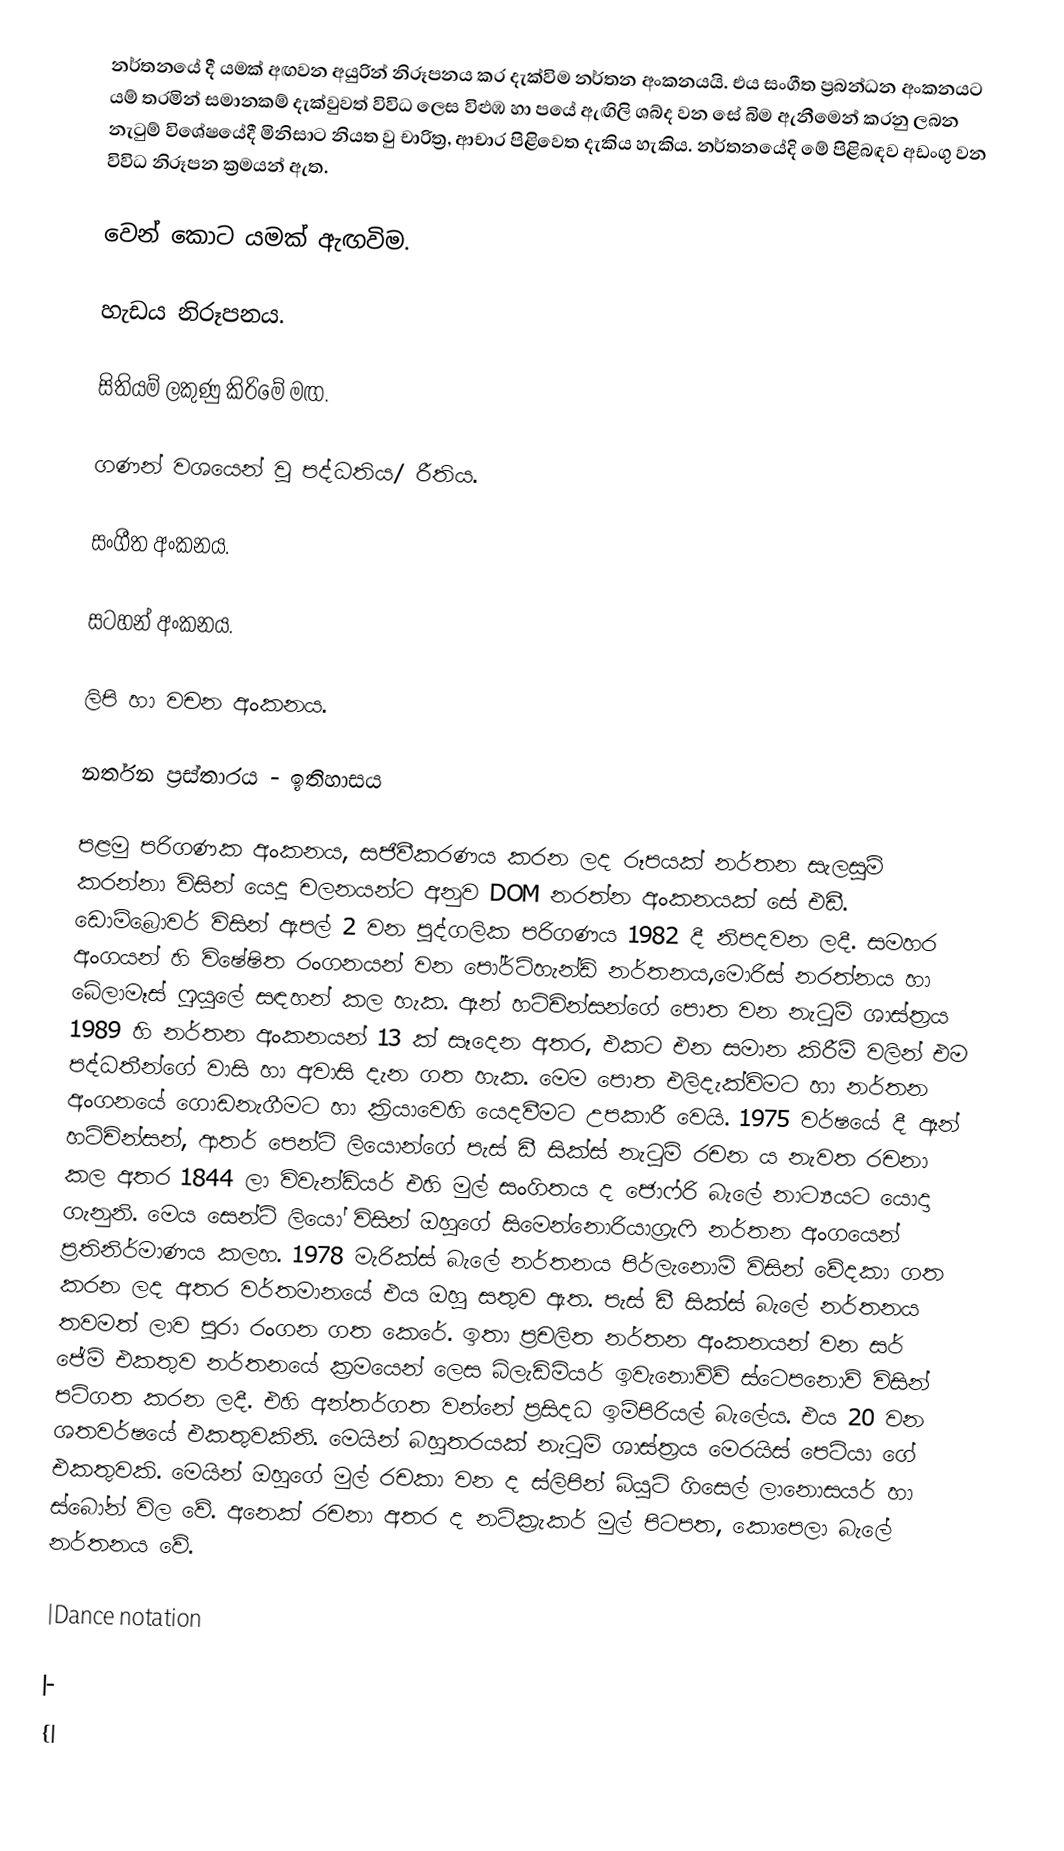
නර්තනයේ දී යමක් අඟවන අයුරින් නිරූපනය කර දැක්විම නර්තන අංකනයයි. එය සංගීත ප්‍රබන්ධන අංකනයට යම් තරමින් සමානකම් දැක්වුවත් විවිධ ලෙස විළුඹ හා පයේ ඇඟිලි ශබ්ද වන සේ බිම ඇනීමෙන් කරනු ලබන නැටුම් විශේෂයේදී මිනිසාට නියත වු චාරිත්‍ර, ආචාර පිළිවෙත දැකිය හැකිය. නර්තනයේදි මේ පිළිබඳව අඩංගු වන විවිධ නිරූපන ක්‍රමයන් ඇත.

	වෙන් කොට යමක් ඇඟවිම.

	හැඩය නිරූපනය.

	සිතියම් ලකුණු කිරිමේ මඟ.

	ගණන් වශයෙන් වු පද්ධතිය/ රීතිය.

	සංගීත අංකනය.

	සටහන් අංකනය.

	ලිපි හා වචන අංකනය.

නර්තන ප්‍රස්තාර‍ය - ඉතිහාසය

පළමු පරිගණක අංකනය, සජිවීකරණය කරන ලද රූපයක් නර්තන සැලසුම් කරන්නා විසින් යෙදූ චලනයන්ට අනුව DOM නරත්න අංකනයක් සේ එඩී. ඩොම්බ්‍රොවර් විසින් ඇපල් 2 වන පුද්ගලික පරිගණය 1982 දී නිපදවන ලදී. සමහර අංගයන් හි විෂේෂිත රංගනයන් වන පෝර්ට්හැන්ඩ් නර්තනය,මොරිස් නරත්නය හා බේලාමෑස් ෆුයුලේ සඳහන් කල හැක. ඈන් හට්චින්සන්ගේ පොත වන නැටුම් ශාස්ත්‍රය  1989 හි නර්තන අංකනයන් 13 ක් සෑදෙන අතර, එකට එන සමාන කිරීම් වලින් එම පද්ධතීන්ගේ වාසි හා අවාසි දැන ගත හැක. මෙම පොත එලිදැක්විමට හා නර්තන අංගනයේ ගොඩනැගීමට හා ක්‍රියාවෙහි යෙදවීමට උපකාරී වෙයි. 1975 වර්ෂයේ දී ඈන් හට්චින්සන්, ආතර් පෙන්ටි ලියොන්ගේ පැස් ඩී සික්ස් නැටුම් රචන ය නැවත රචනා කල අතර 1844 ලා විවැන්ඩ්යර් එහි මුල් සංගිතය ද ජොෆ්රි බැලේ නාට්‍යයට ‍යොදා ගැනුනි. මෙය සෙන්ටි ලියෝ විසින් ඔහුගේ සිමෙන්නොරියාග්‍රැෆි නර්තන අංගයෙන් ප්‍රතිනිර්මාණය කලහ. 1978 මැරික්ස් බැලේ නර්තනය පිර්ලැනොම් විසින් වේදකා ගත කරන ලද අතර වර්තමානයේ එය ඔහු සතුව ඇත. පැස් ඩී සික්ස් බැලේ නර්තනය තවමත් ලාව පුරා රංගන ගත කෙරේ. ඉතා ප්‍රචලිත නර්තන අංකනයන් වන සර් ජේම් එකතුව නර්තනයේ ක්‍රමයෙන් ලෙස බ්ලැඩිමියර් ඉවැනොව්ව් ස්ටෙපනොව් විසින් පටිගත කරන ලදී. එහි අන්තර්ගත වන්නේ ප්‍රසිදධ ඉම්පිරියල් බැලේය. එය 20 වන ශතවර්ෂයේ එකතුවකිනි. මෙයින් බහුතරයක් නැටුම් ශාස්ත්‍රය මෙරයිස් පෙටියා ගේ එකතුවකි. මෙයින් ඔහුගේ මුල් රචකා වන ද ස්ලිපින් බියුටි ගිසෙල් ලානොසයර් හා ස්බෝන් විල වේ. අනෙක් රචනා අතර ද නට්ක්‍රැකර් මුල් පිටපත, ‍කොපෙලා බැලේ නර්තනය වේ.

|Dance notation

|-
{|